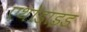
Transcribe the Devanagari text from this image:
एथोडाइड